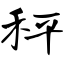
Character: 秤